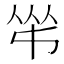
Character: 𠁮